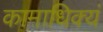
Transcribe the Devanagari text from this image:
कामाधिक्यं